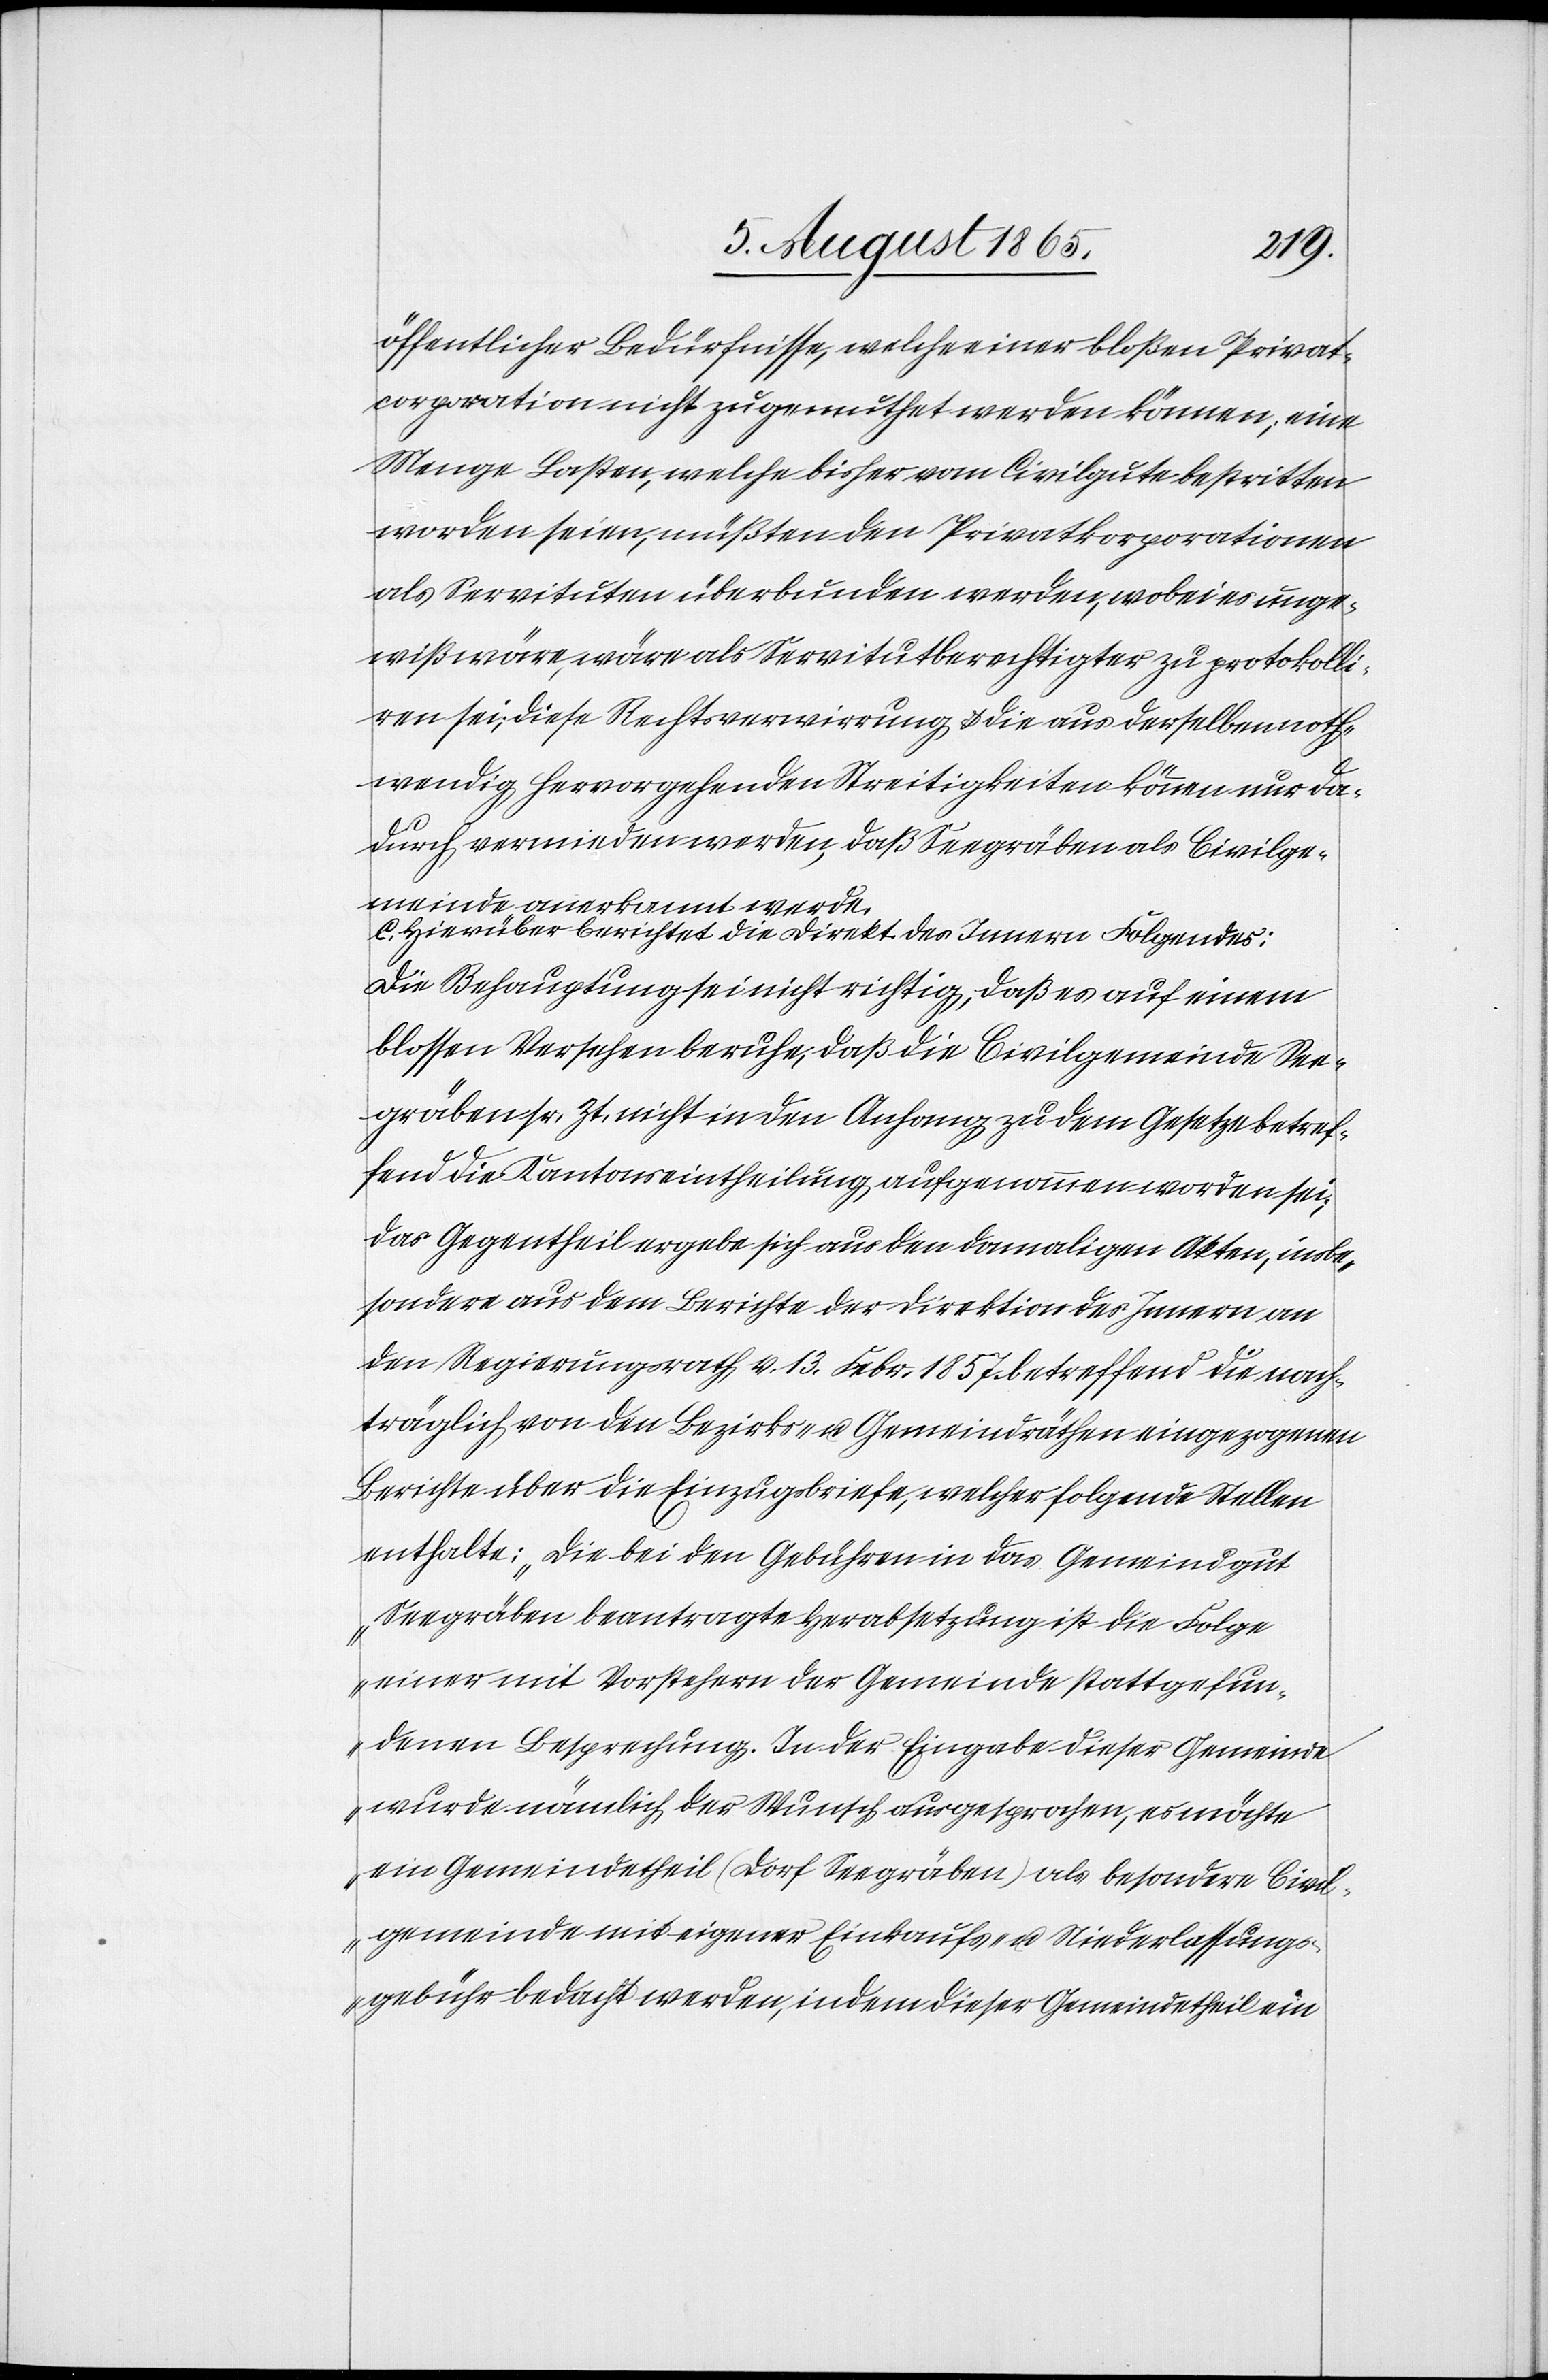
kolli¬
öffentlicher Bedürfnisse, welche einer bloßen Privat¬
corporation nicht zugemuthet werden können; eine
Menge Lasten, welche bisher vom Civilgute bestritten
worden seien, müßten den Privatkorporationen
als Servituten überbunden werden, wobei es unge¬
ren sei, diese Rechtsverwirrung u. die aus derselben noth¬
wendig hervorgehenden Streitigkeiten können nur da¬
durch vermieden werden, daß Seegräben als Civilg¬
meinde anerkannt werde.
C. Hierüber berichtet die Direkt. des Innern Folgendes:
Die Behauptung sei nicht richtig, daß es auf einem
blossen Versehen beruhe, daß die Civilgemeinde See¬
gräben sr. Zt. nicht in den Anhang zu dem Gesetze betref¬
fend die Kantonseintheilung aufgenommen worden sei;
das Gegentheil ergebe sich aus den damaligen Akten, insbe¬
sondere aus dem Berichte der Direktion des Innern an
den Regierungsrath v. 13. Febr. 1857 betreffend die nach¬
träglich von den Bezirks- u. Gemeindräthen eingezogenen
Berichte über die Einzugsbriefe, welcher folgende Stellen
enthalte: „Die bei den Gebühren in das Gemeindgut
Seegräben beantragte Herabsetzung ist die Folge
einer mit Vorstehern der Gemeinde stattgefun¬
denen Besprechung. In der Eingabe dieser Gemeinde
wurde nämlich der Wunsch ausgesprochen, es möchte
ein Gemeindetheil (Dorf Seegräben) als besondere Civil¬
gemeinde mit eigener Einkaufs- u. Niederlassungs¬
gebühr bedacht werden, indem dieser Gemeindetheil ein